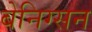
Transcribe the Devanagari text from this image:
बेनिग्सन